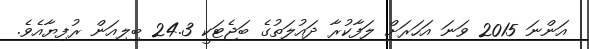
އަންނަ 2015 ވަނަ އަހަރަށް ލަފާކުރާ ދައުލަތުގެ ބަޖެޓަކީ 24.3 ބިލިއަން ރުފިޔާއެވެ.